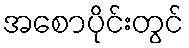
အစောပိုင်းတွင်